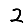
Digit: 2